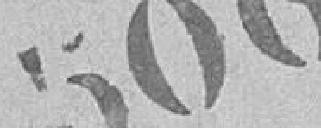
506